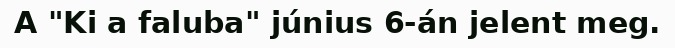
A "Ki a faluba" június 6-án jelent meg.